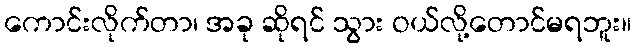
ကောင်းလိုက်တာ၊ အခု ဆိုရင် သွား ဝယ်လို့တောင်မရဘူး။